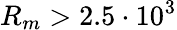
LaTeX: R_{m}>2.5\cdot 10^{3}